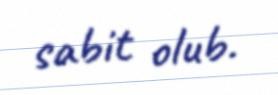
sabit olub.